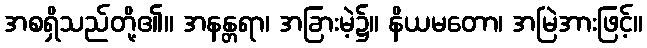
အစရှိသည်တို့၏။ အနန္တရာ၊ အခြားမဲ့၌။ နိယမတော၊ အမြဲအားဖြင့်။